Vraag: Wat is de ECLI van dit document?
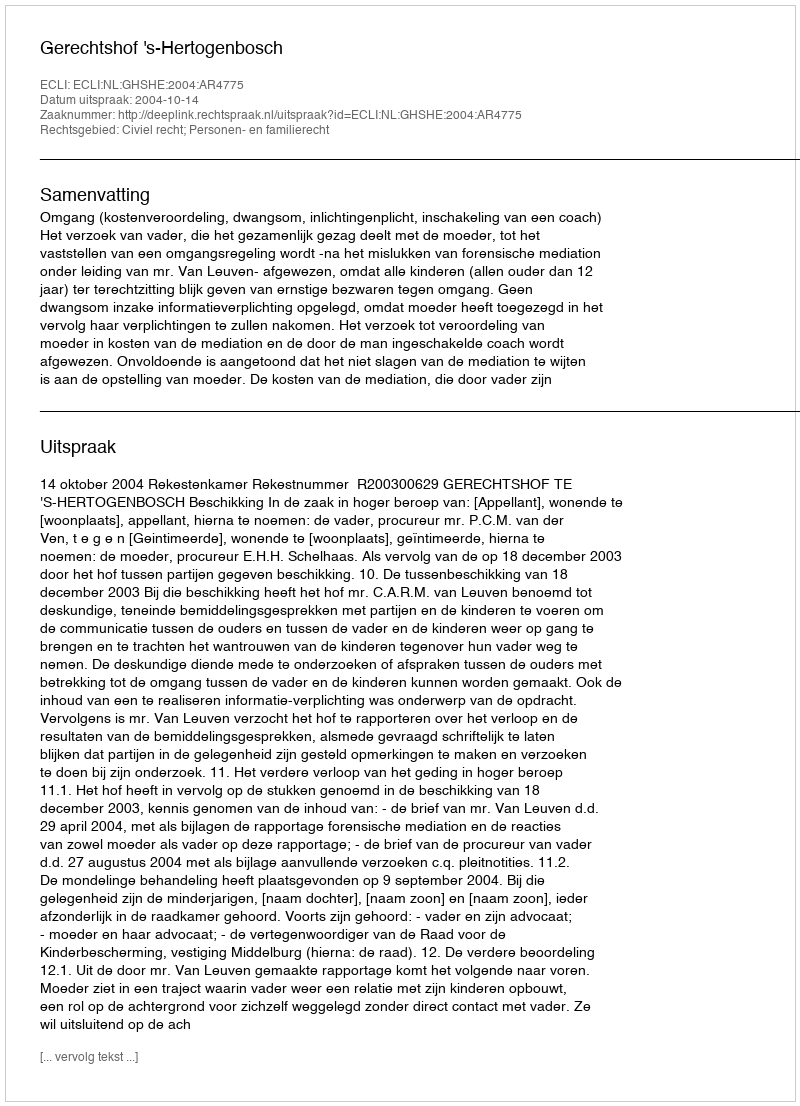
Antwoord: ECLI:NL:GHSHE:2004:AR4775